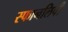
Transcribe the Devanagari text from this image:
स्फानलिपी